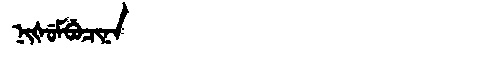
Manchu: ᠨᡳᡧᡠᠮᠪᡠᠴᡳᠨᠠ
Romanization: NIŠUMBUCINA